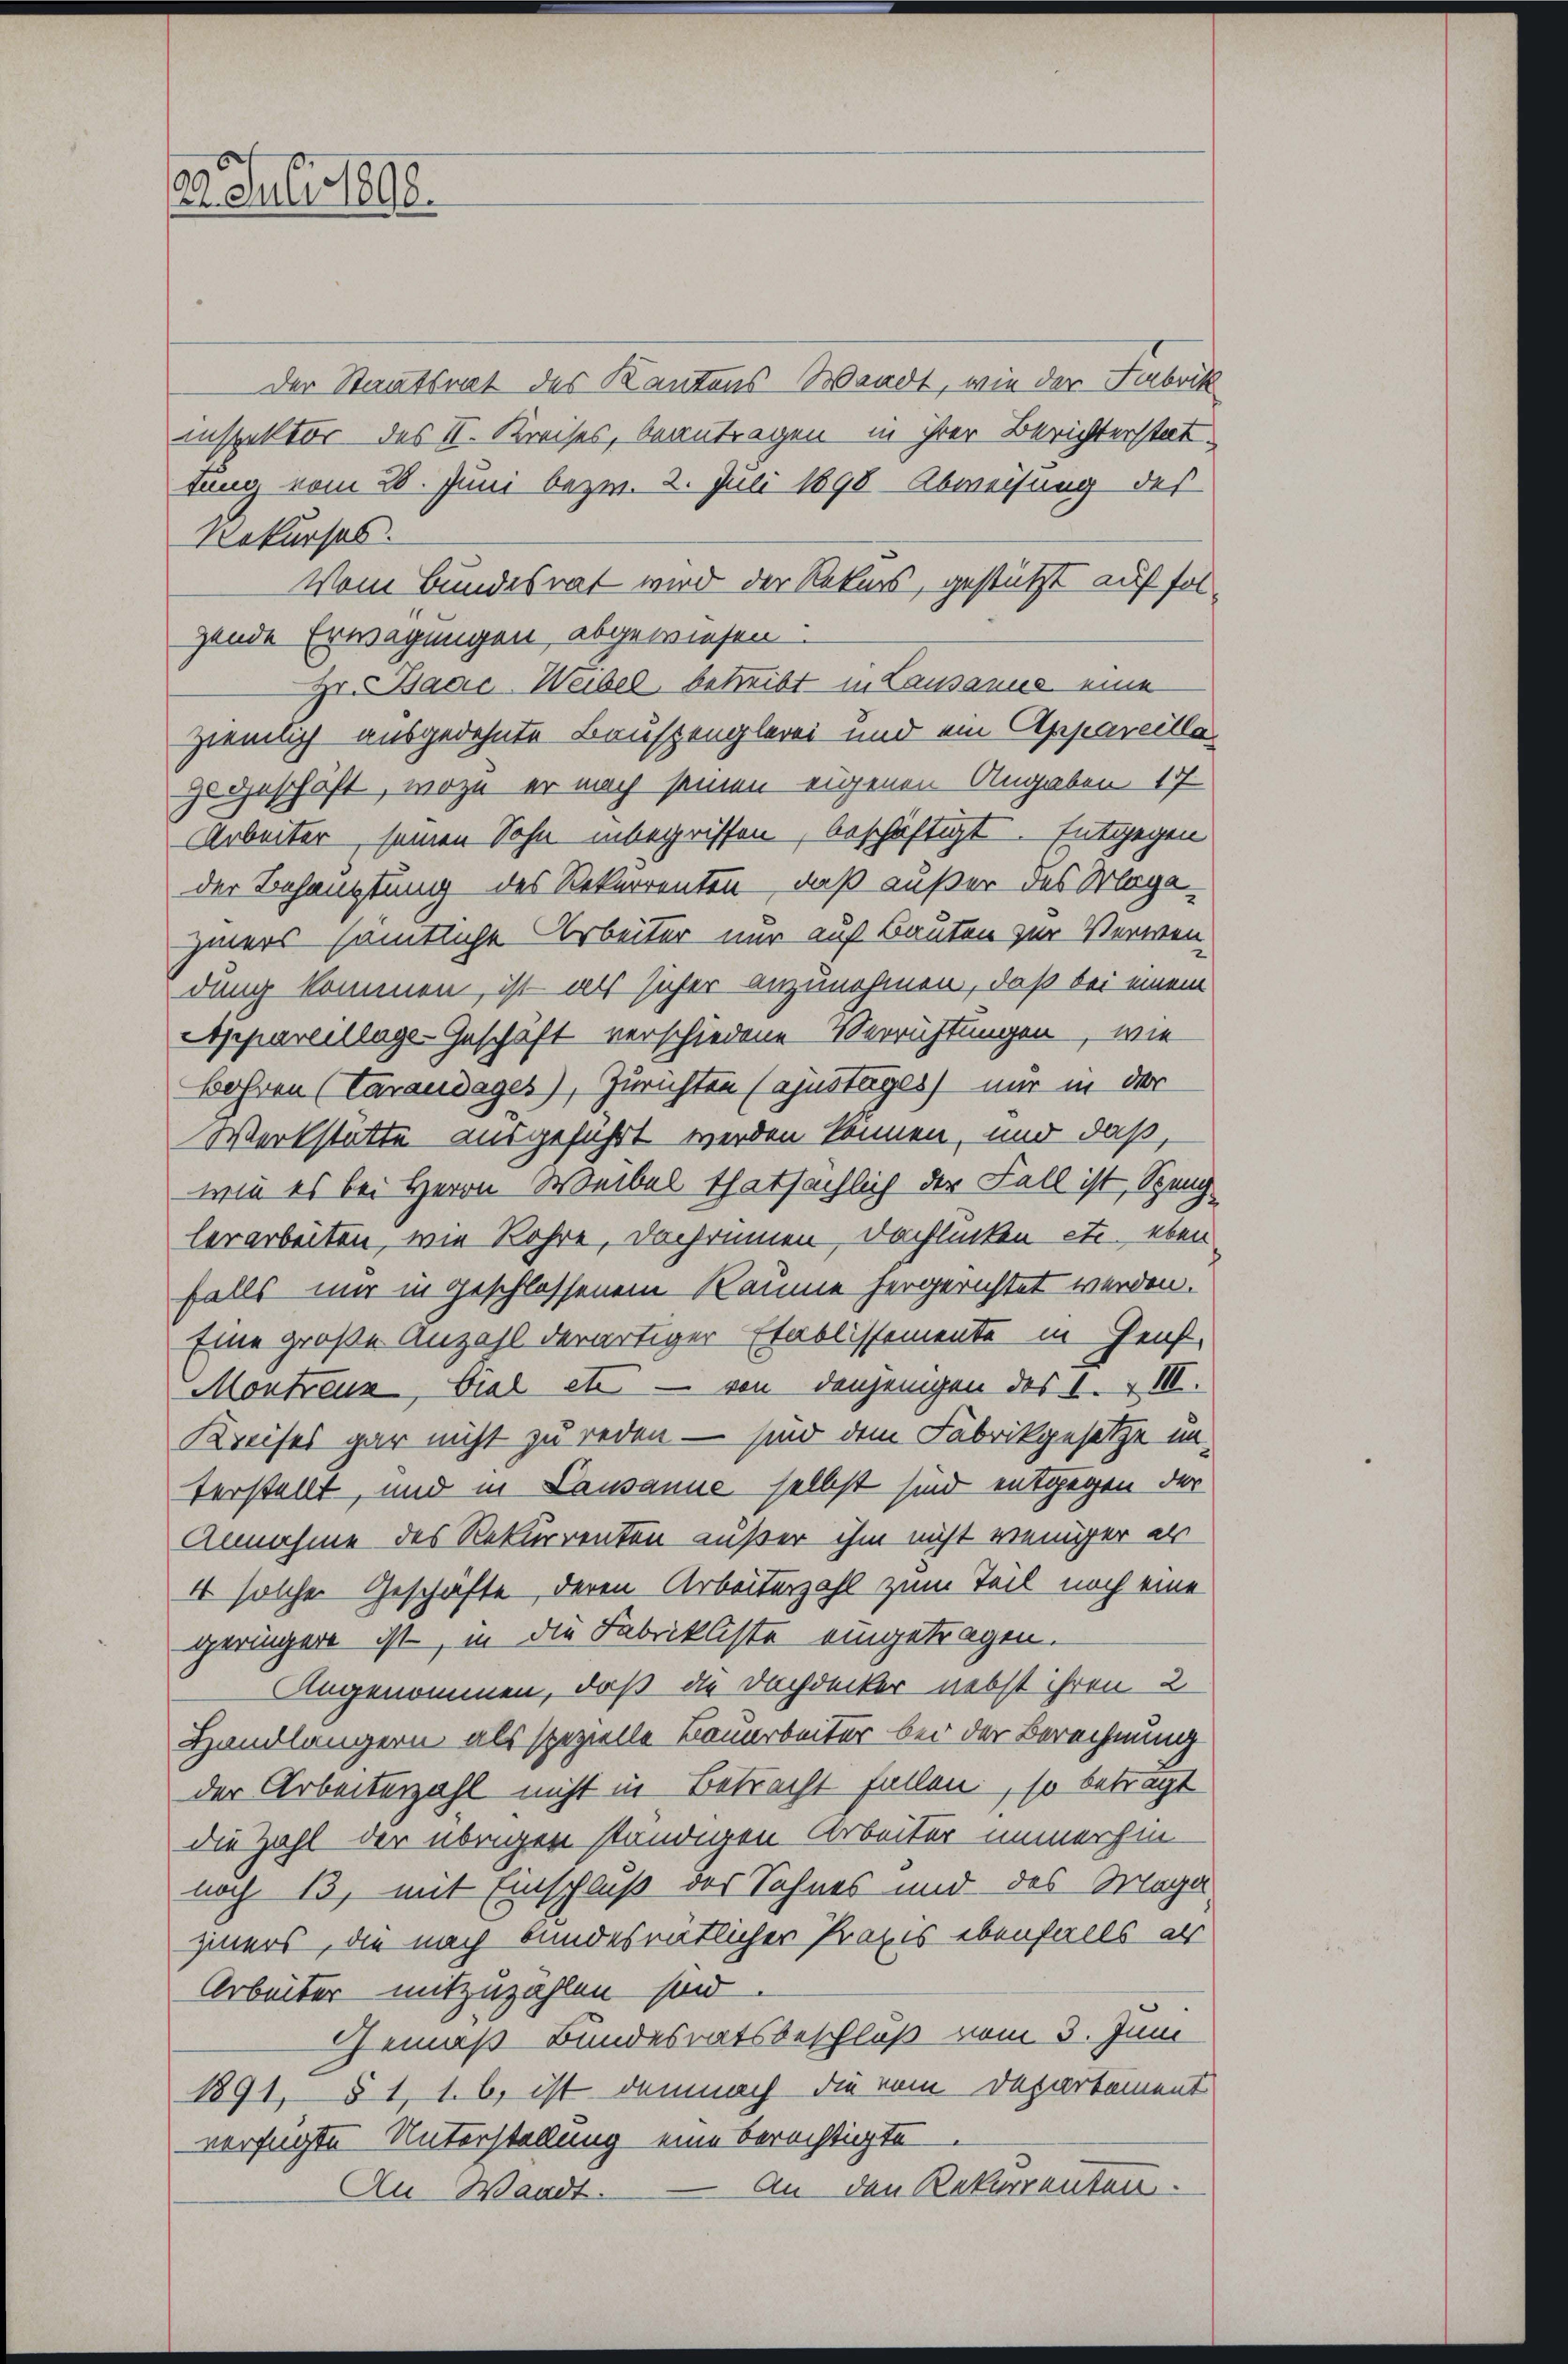
2. Juli 1898.

Der Staatsrat des Kantons Waadt, wie der Fabrik
inspektor des II. Kreises, beantragen in ihrer Berichterstat
gung vom 28. Juni bezw. 2. Juli 1898 Abweisung des
Rekurses.
Vom Bundesrat wird der Rekurs, gestützt auf folgende Erwägungen abgewiesen.
Hr. Baere Weibel, betreibt in Lausanne eine
ziemlich ausgedehnte Bauspenglerei und ein Appareillazu geschäft, wozu er nach seinen eigenen Angaben 177
Arbeiter seinen Sohn inbegriffen, beschäftigt. Entgegen
der Behauptung des Rekurrenten, daß außer des Maga-
zuers sämtliche Arbeiter nur auf Bauten zur Verwen-
dung kommen, ist als sicher anzunehmen, daß bei einem
Appareillage-Geschäft verschiedene Verrichtungen, wie
Bohren (Tarandages), Zurichten (ajustiges nur in der
Werkstätte ausgeführt werden können, und daß,
wie es bei Herrn Weibel thatsächlich der Fall ist, Spenglerarbeiten, wie Rohre, Dachrinnen, Dachlecken etc. eben
falls mir in geschlossenen Räume hergerichtet werden.
Eine große Anzahl derartiger Etablissemente in Genf,
Montreux, viel etc. – von denjenigen des 1. & III.
Kreises gar nicht zu reden — sind dem Fabrikgesetze unterstellt, und in Lausanne selbst sind entgegen der
Annahme des Rekurrenten außer ihm nicht weniger er
4 solche Geschäfte, deren Arbeiterzahl zum Teil noch eine
geringere ist, in die Fabrikliste eingetragen.
Angenommen, daß die Dachdecker nebst ihren 2
Handlängern als spezielle Bauarbeiter bei der Berechnung
der Arbeiterzahl nicht in Betracht fallen, so betragt
die Zahl der übrigen ständigen Arbeiter immerhin-
noch 13, mit Einschluß der Sohnes und des Mage
ziners, die nach bundesentlicher Praxis ebenfalls als
Arbeiter mitzuzählen sind
Gemäß Bundesratsbeschloß vom 3. Juni
1891, § 1, 1. b) ist demnach die vom Departement
verfügte Unterstellung eine berechtigte.
An Waadt. — An den Rekurrenten.